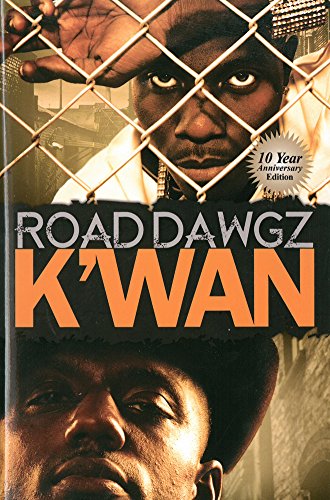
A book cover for Road Dawgz (Urban Books); K'wan; Literature & Fiction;